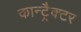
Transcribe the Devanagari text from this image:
कान्ट्रैक्टर